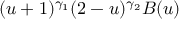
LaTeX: ( u + 1 ) ^ { \gamma _ { 1 } } ( 2 - u ) ^ { \gamma _ { 2 } } B ( u )